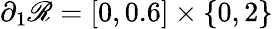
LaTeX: \partial_{1}\mathscr{R}=[0,0.6]\times\{ 0,2\}